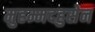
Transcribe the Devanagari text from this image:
मुहम्मदहुसेन